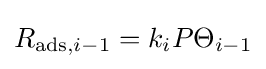
R_{\mathrm {ads} ,i-1}=k_{i}P\Theta _{i-1}